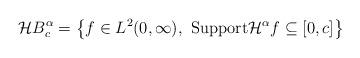
LaTeX: \begin{align*}\mathcal{H}B^\alpha_c=\left \{ f\in L^2(0,\infty),\,\, \mbox{Support} \mathcal{H}^{\alpha}f\subseteq [0,c] \right\}\end{align*}